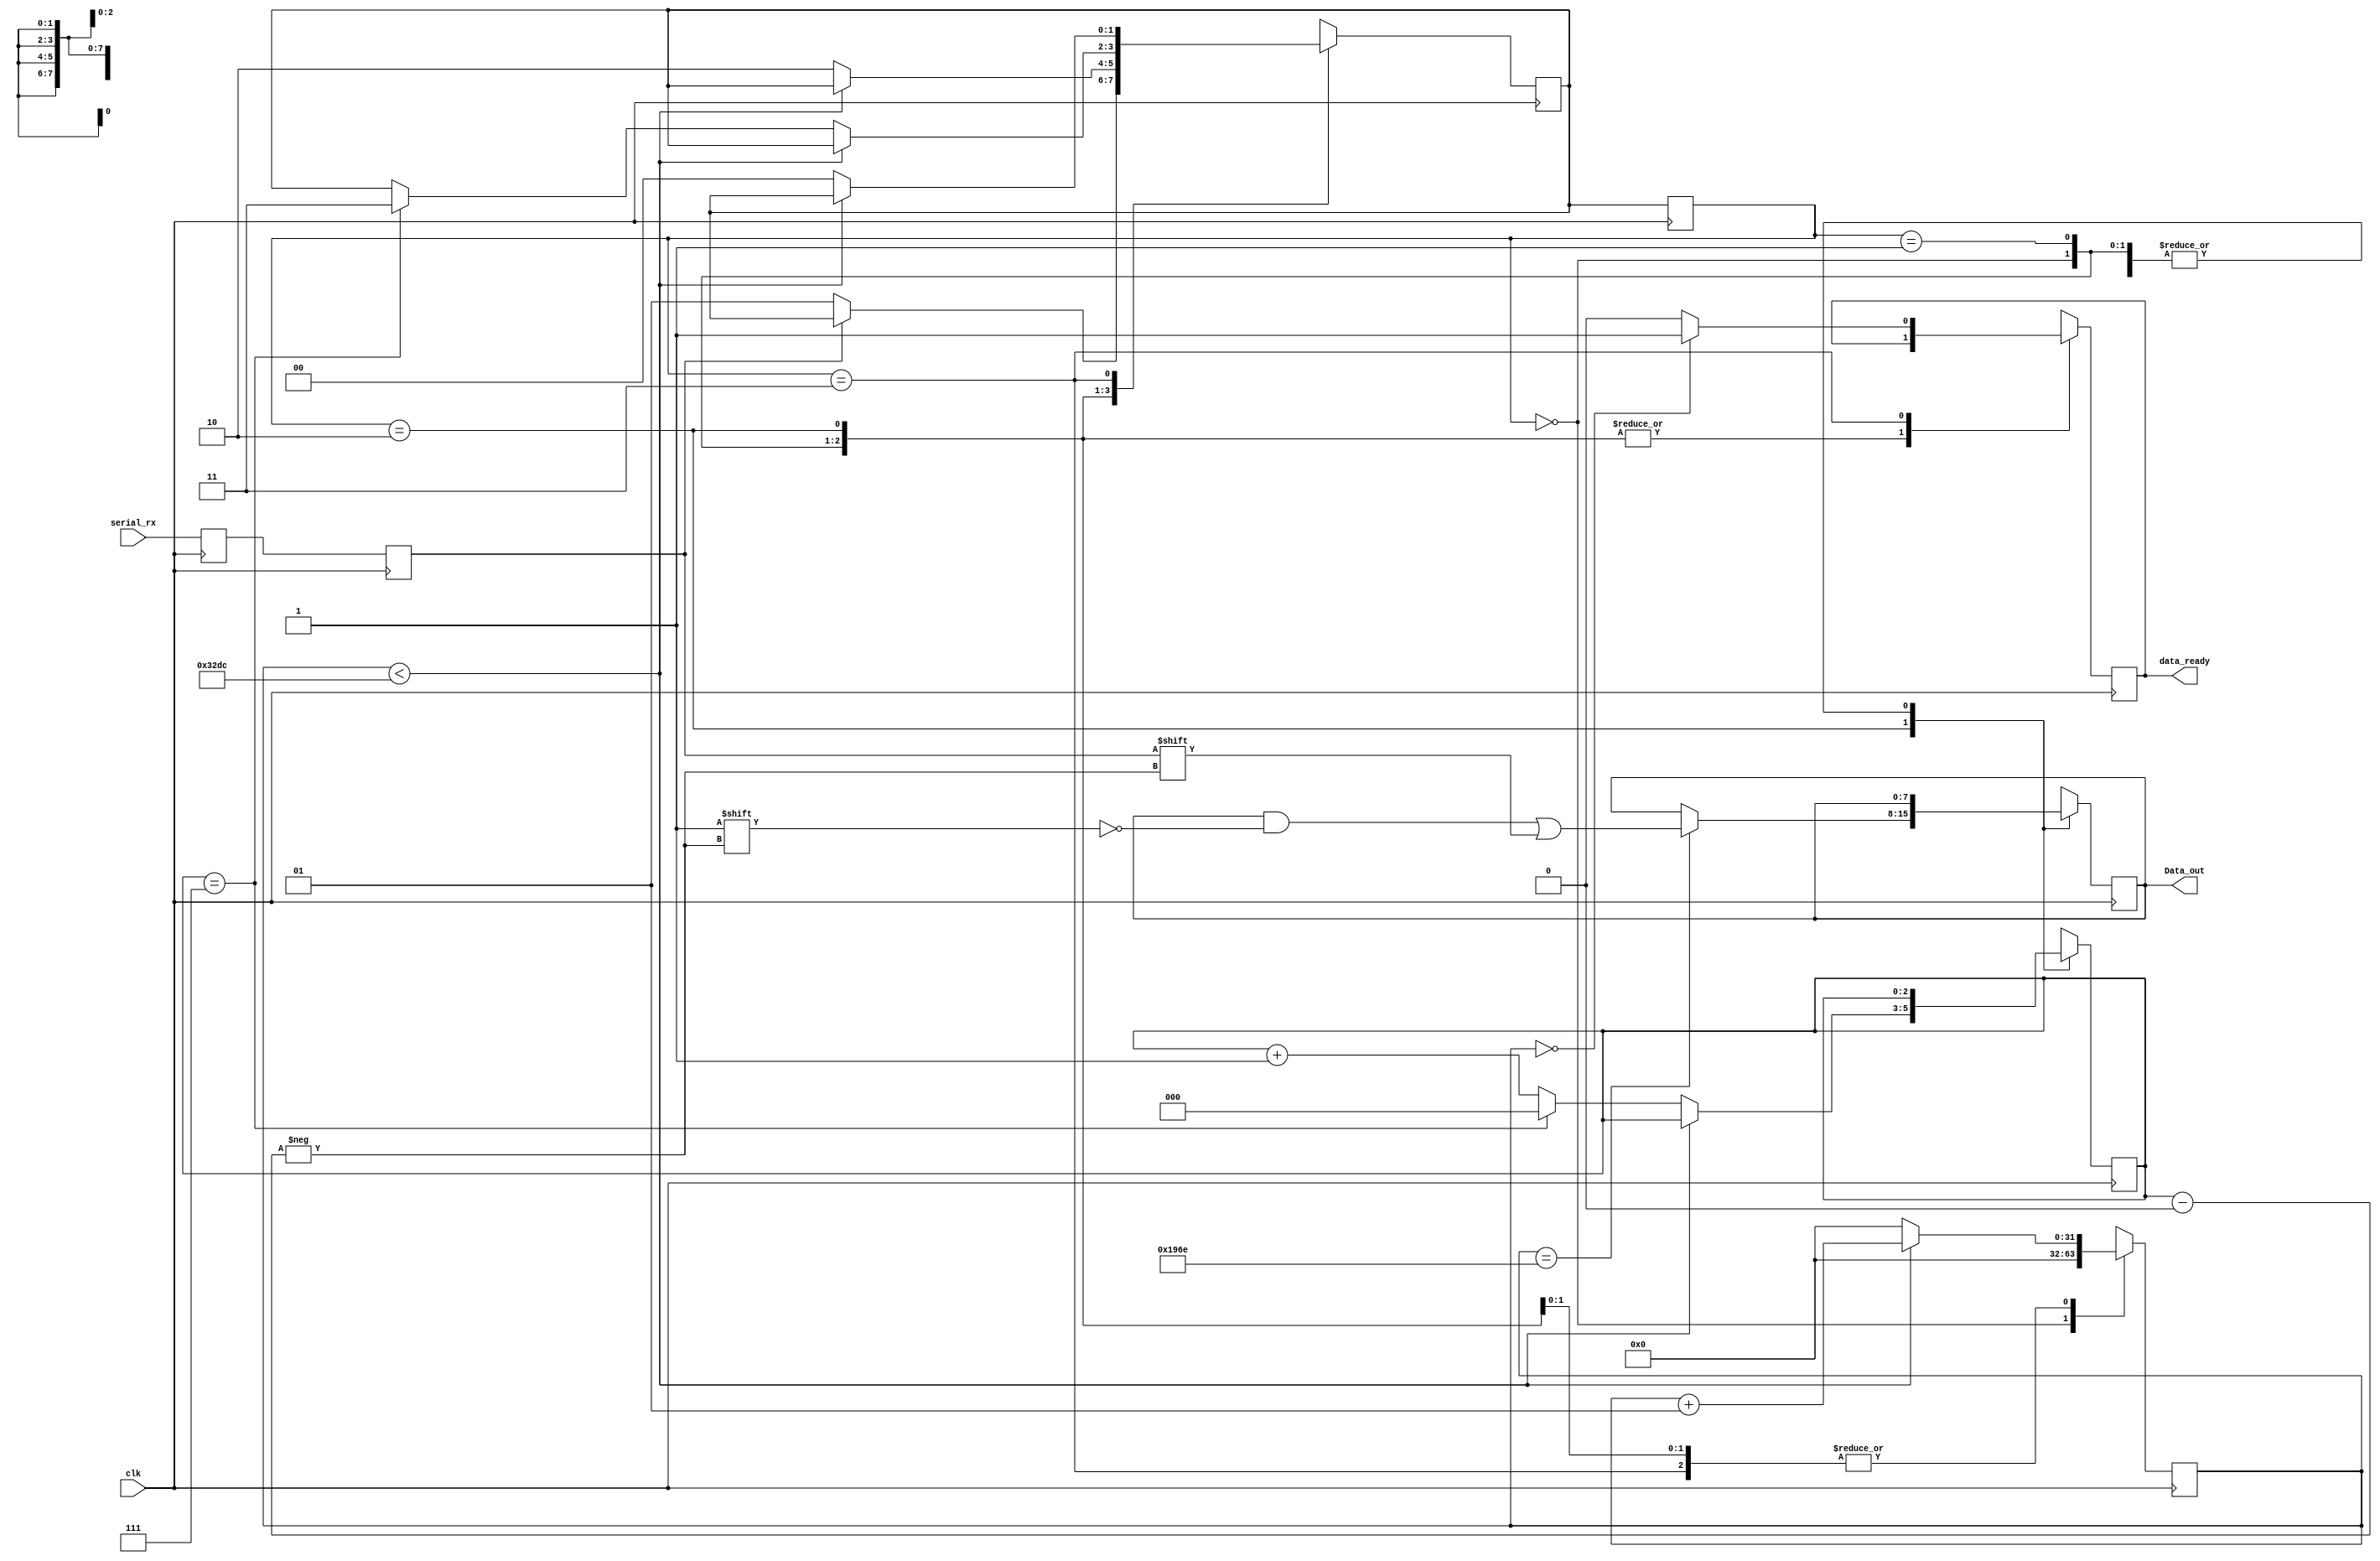
// Uart Reciver Radoslaw Feiglewicz

module UART_RX #(parameter clock_per_bit = 13021) // default baud rate 9600, CLK/BAUD_RATE == clock_per_bit
	( output reg [7:0] Data_out , input serial_rx, clk, output reg data_ready );
	
	reg serial_dat, serial_dat_2; // additional  double regiseter to reduce metastability
	localparam IDLE = 0 , START_BIT = 1 , DATA_READ = 2, STOP_BIT =3;		// FSM state
	reg [1:0] next_state,cur_state = IDLE;
	integer count_period = 0; //
	reg [2:0] index_bit = 3'b000 ; 
	
	initial 
		begin
			data_ready <= 1'b0;
			
		end
	
	
	always @(posedge clk) 	   //Reduce metastability
		begin 
			serial_dat_2 <= serial_rx;
			serial_dat <= serial_dat_2;	
		end
	
	
	always @(posedge clk)
		begin
			cur_state = next_state;
		end
	
	
	always @(posedge clk)
		begin
			case(cur_state)
				IDLE:
					begin 
						count_period = 0;
						if (serial_dat == 1'b0)
							next_state = START_BIT;	
					end
				START_BIT:
					begin
						if(count_period < clock_per_bit -1)
							count_period = count_period +1;
						else
							begin
								count_period = 0;
								next_state = DATA_READ;	
							end
					end
				DATA_READ:
					begin
						if(count_period == (clock_per_bit -1)/2)
							Data_out[index_bit] =  serial_dat; 
						
						if(count_period < clock_per_bit -1)
							count_period = count_period +1;
						
						else if(index_bit == 7)
							begin
								count_period = 0;
								index_bit = 0 ;
								next_state = STOP_BIT;
							end
						else 
							begin
								count_period = 0;
								index_bit = index_bit +1;
							end
						
					end
				STOP_BIT:
					begin
						if(count_period ==0)
							data_ready = 1'b1;
						else
							data_ready = 1'b0;
						if(count_period < clock_per_bit -1)
							count_period = count_period +1;
						else  
							begin
								count_period = 0;
								next_state = IDLE;	
							end
					end
				default: 
				begin
				next_state = IDLE;
				index_bit = 0 ;
				count_period = 0;
				end
			endcase
		end
	
	
	
	
	
	
	
	
	
	
	
	
	
	
	
	
	
endmodule